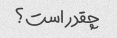
چقدر است؟